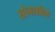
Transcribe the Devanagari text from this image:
सोनाक्षीने